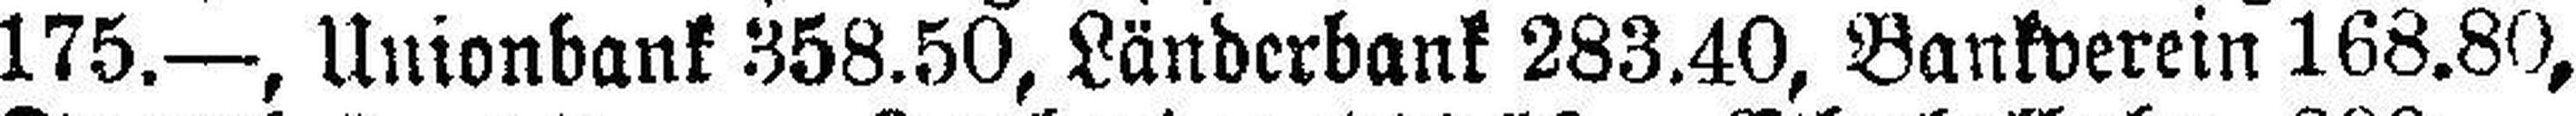
175.—, Unionbank 358.50, Länderbank 283.40, Bankverein 168.80,